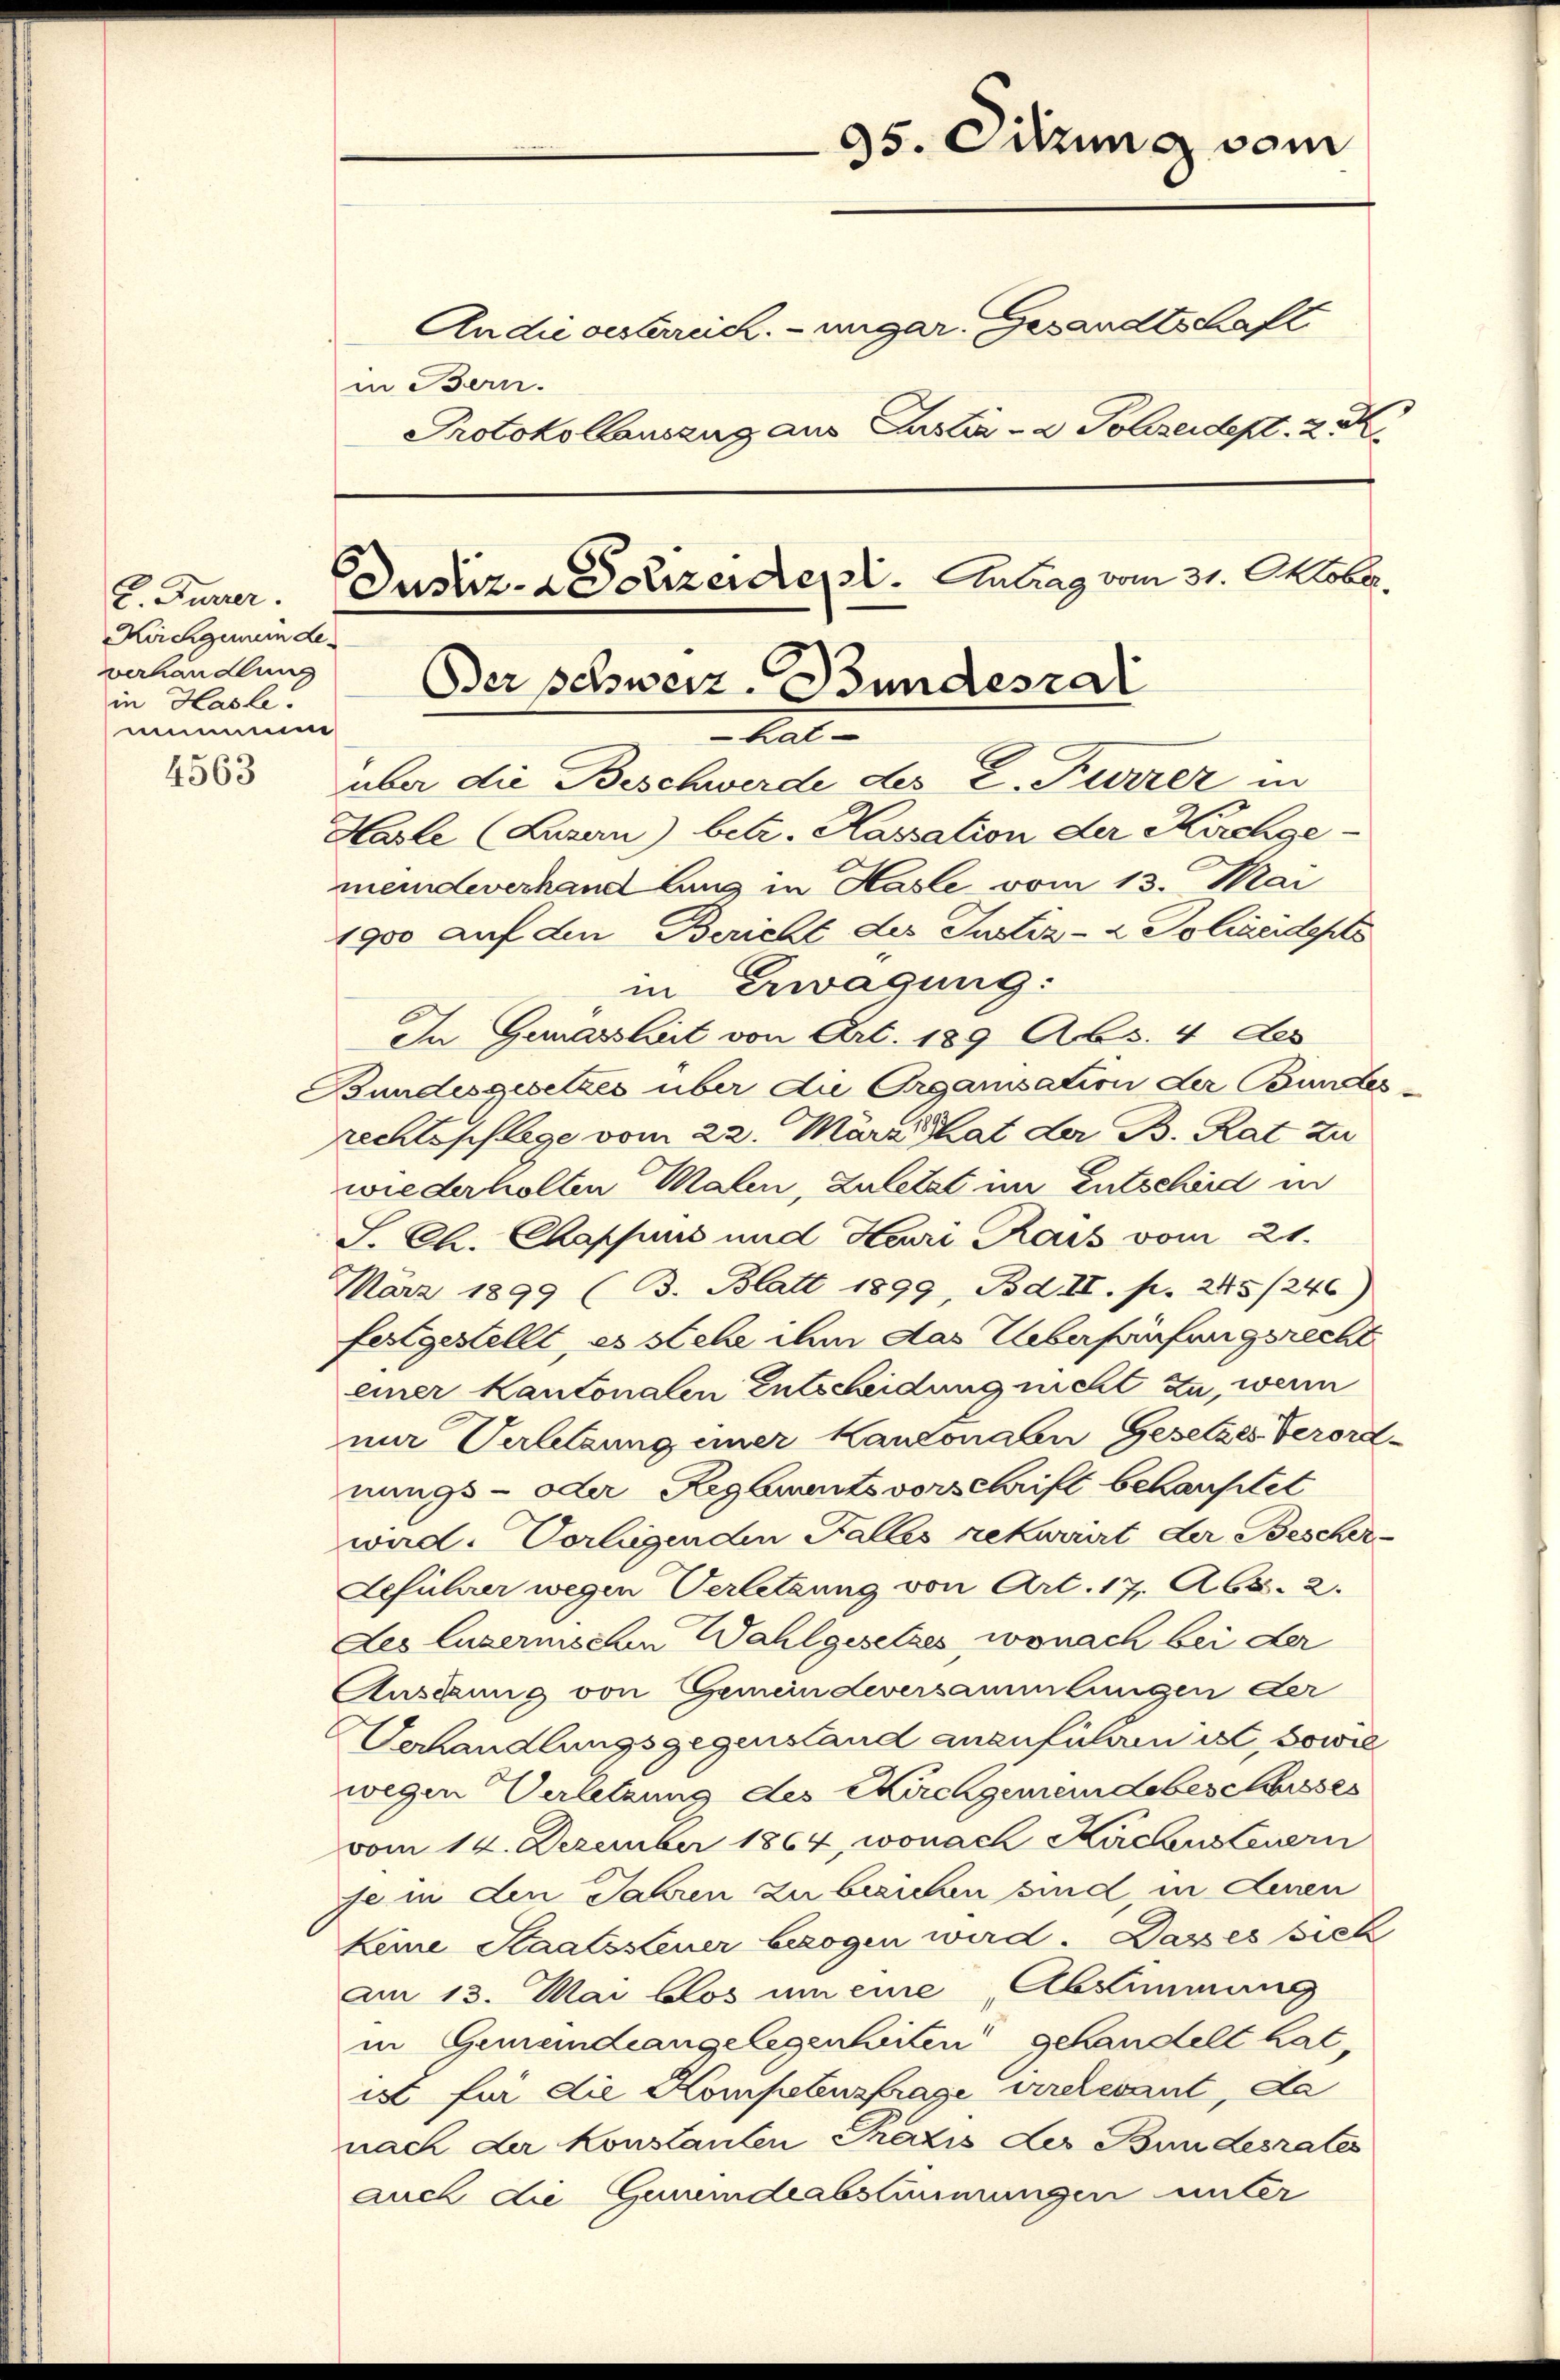
Koichgemein Leverhandlung
in Hasle.
samun

in Bern.

Der Schweiz Bundesrat
hat-

0
35. Sitzung vom
Andie oesterreich. - ungar. Gesandtschaft
Protokollauszug aus Justiz- & Polizeidept. 2. M
L. Juner Justiz- & Polizeidet. Antrag vom 31. Oktober.

1883 über die Beschwerde des E. Furrer in
Hasle (Luzern) betr. Kassation der Kirchgemeindeverhandlung in Hasle vom 13. Mai
1900 auf den Bericht des Justiz- & Polizeiderts
in Erwägung:
In Gewässleit von Art. 189 Abs. 4 des
Bundesgesetzes über die Organisation der Bundes
rechtspflege vom 22. März hat der B. Rat zu
wiederholten Malen, Zuletzt im Entscheid in
S. C. Chappen und Henri Kais vom 21.
März 1899 (3. Blatt 1899, Bd. II. p. 245 /246)
festgestellt, es stehe ihm das Ueberfünfungsrecht
einer Kantonalen Entscheidung nicht zu, wenn
nur Verletzung einer Kantonalen Gesetzes Verord-
nungs- oder Regenants vorschrift behauptet
ward. Vorliegenden Falles rekwuirt der Bescher¬
Geführer wegen Verletzung von Art. 17. Abs. 2.
Les luzernischen Wahlgesetzes, wonach bei der
Auschung von Gemeindeversammlungen der
Verhandlungsgegenstand anzuführen ist, sowie
wegen Verletzung des Kirchgemeindebeschisses
vom 14. Dezember 1864, wonach Kirchensteuern
je in den Jahren zu breichen sind, in denen
keine Staatssteuer bezogen wird. Dass es sich
am 13. Mai blos um eine Abstimmung
in Gemeindeangelegenheiten gehandelt hat,
ist für die Kompetensfrage irrelevant, da
nach der Konstanten Praxis des Bundesrates
auch die Gemeindeabstimmungen unter